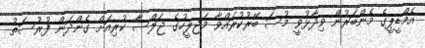
އެމްޑީޕީގެ މެންބަރުން ވިދާޅުވީ މުސަ ބޭރުކުރައްވާ މަޖިލީހުގެ ޖަލްސާ ކުރިއަށް ގެންދަން ފުރުސަތު